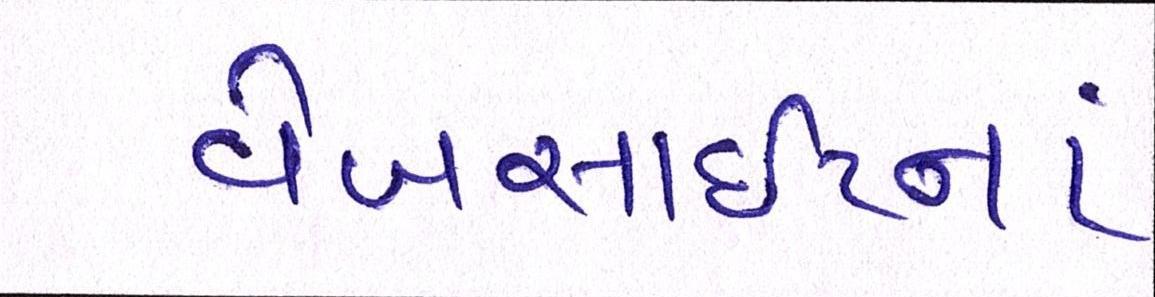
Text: વેબસાઈટનાં